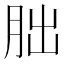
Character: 胐